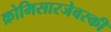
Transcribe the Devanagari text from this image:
क्रोमिसारजेवस्की